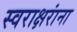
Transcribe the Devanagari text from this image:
स्वराक्षरांना